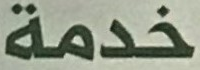
خدمة